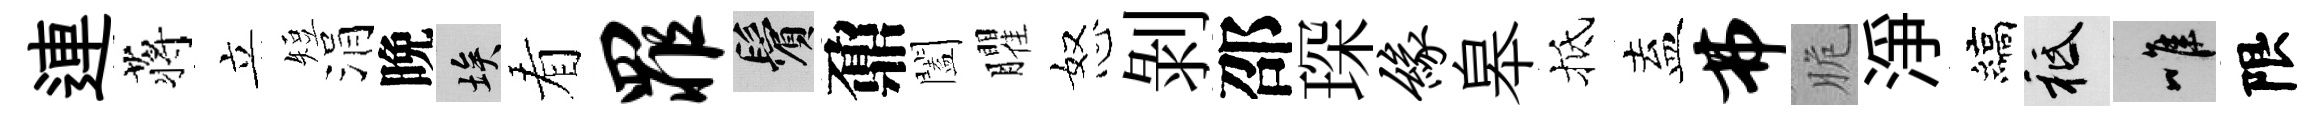
連蒋立短涓晩埃看罪鬢鼐闔臞怒剝邵琛缘皋抵盍弗脆淨縞祇唯限